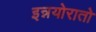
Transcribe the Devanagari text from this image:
इन्नयोरातो